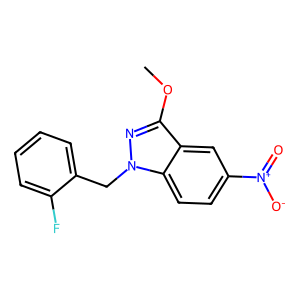
SMILES: COc1nn(Cc2ccccc2F)c2ccc([N+](=O)[O-])cc12
Inhibits HIV replication: No